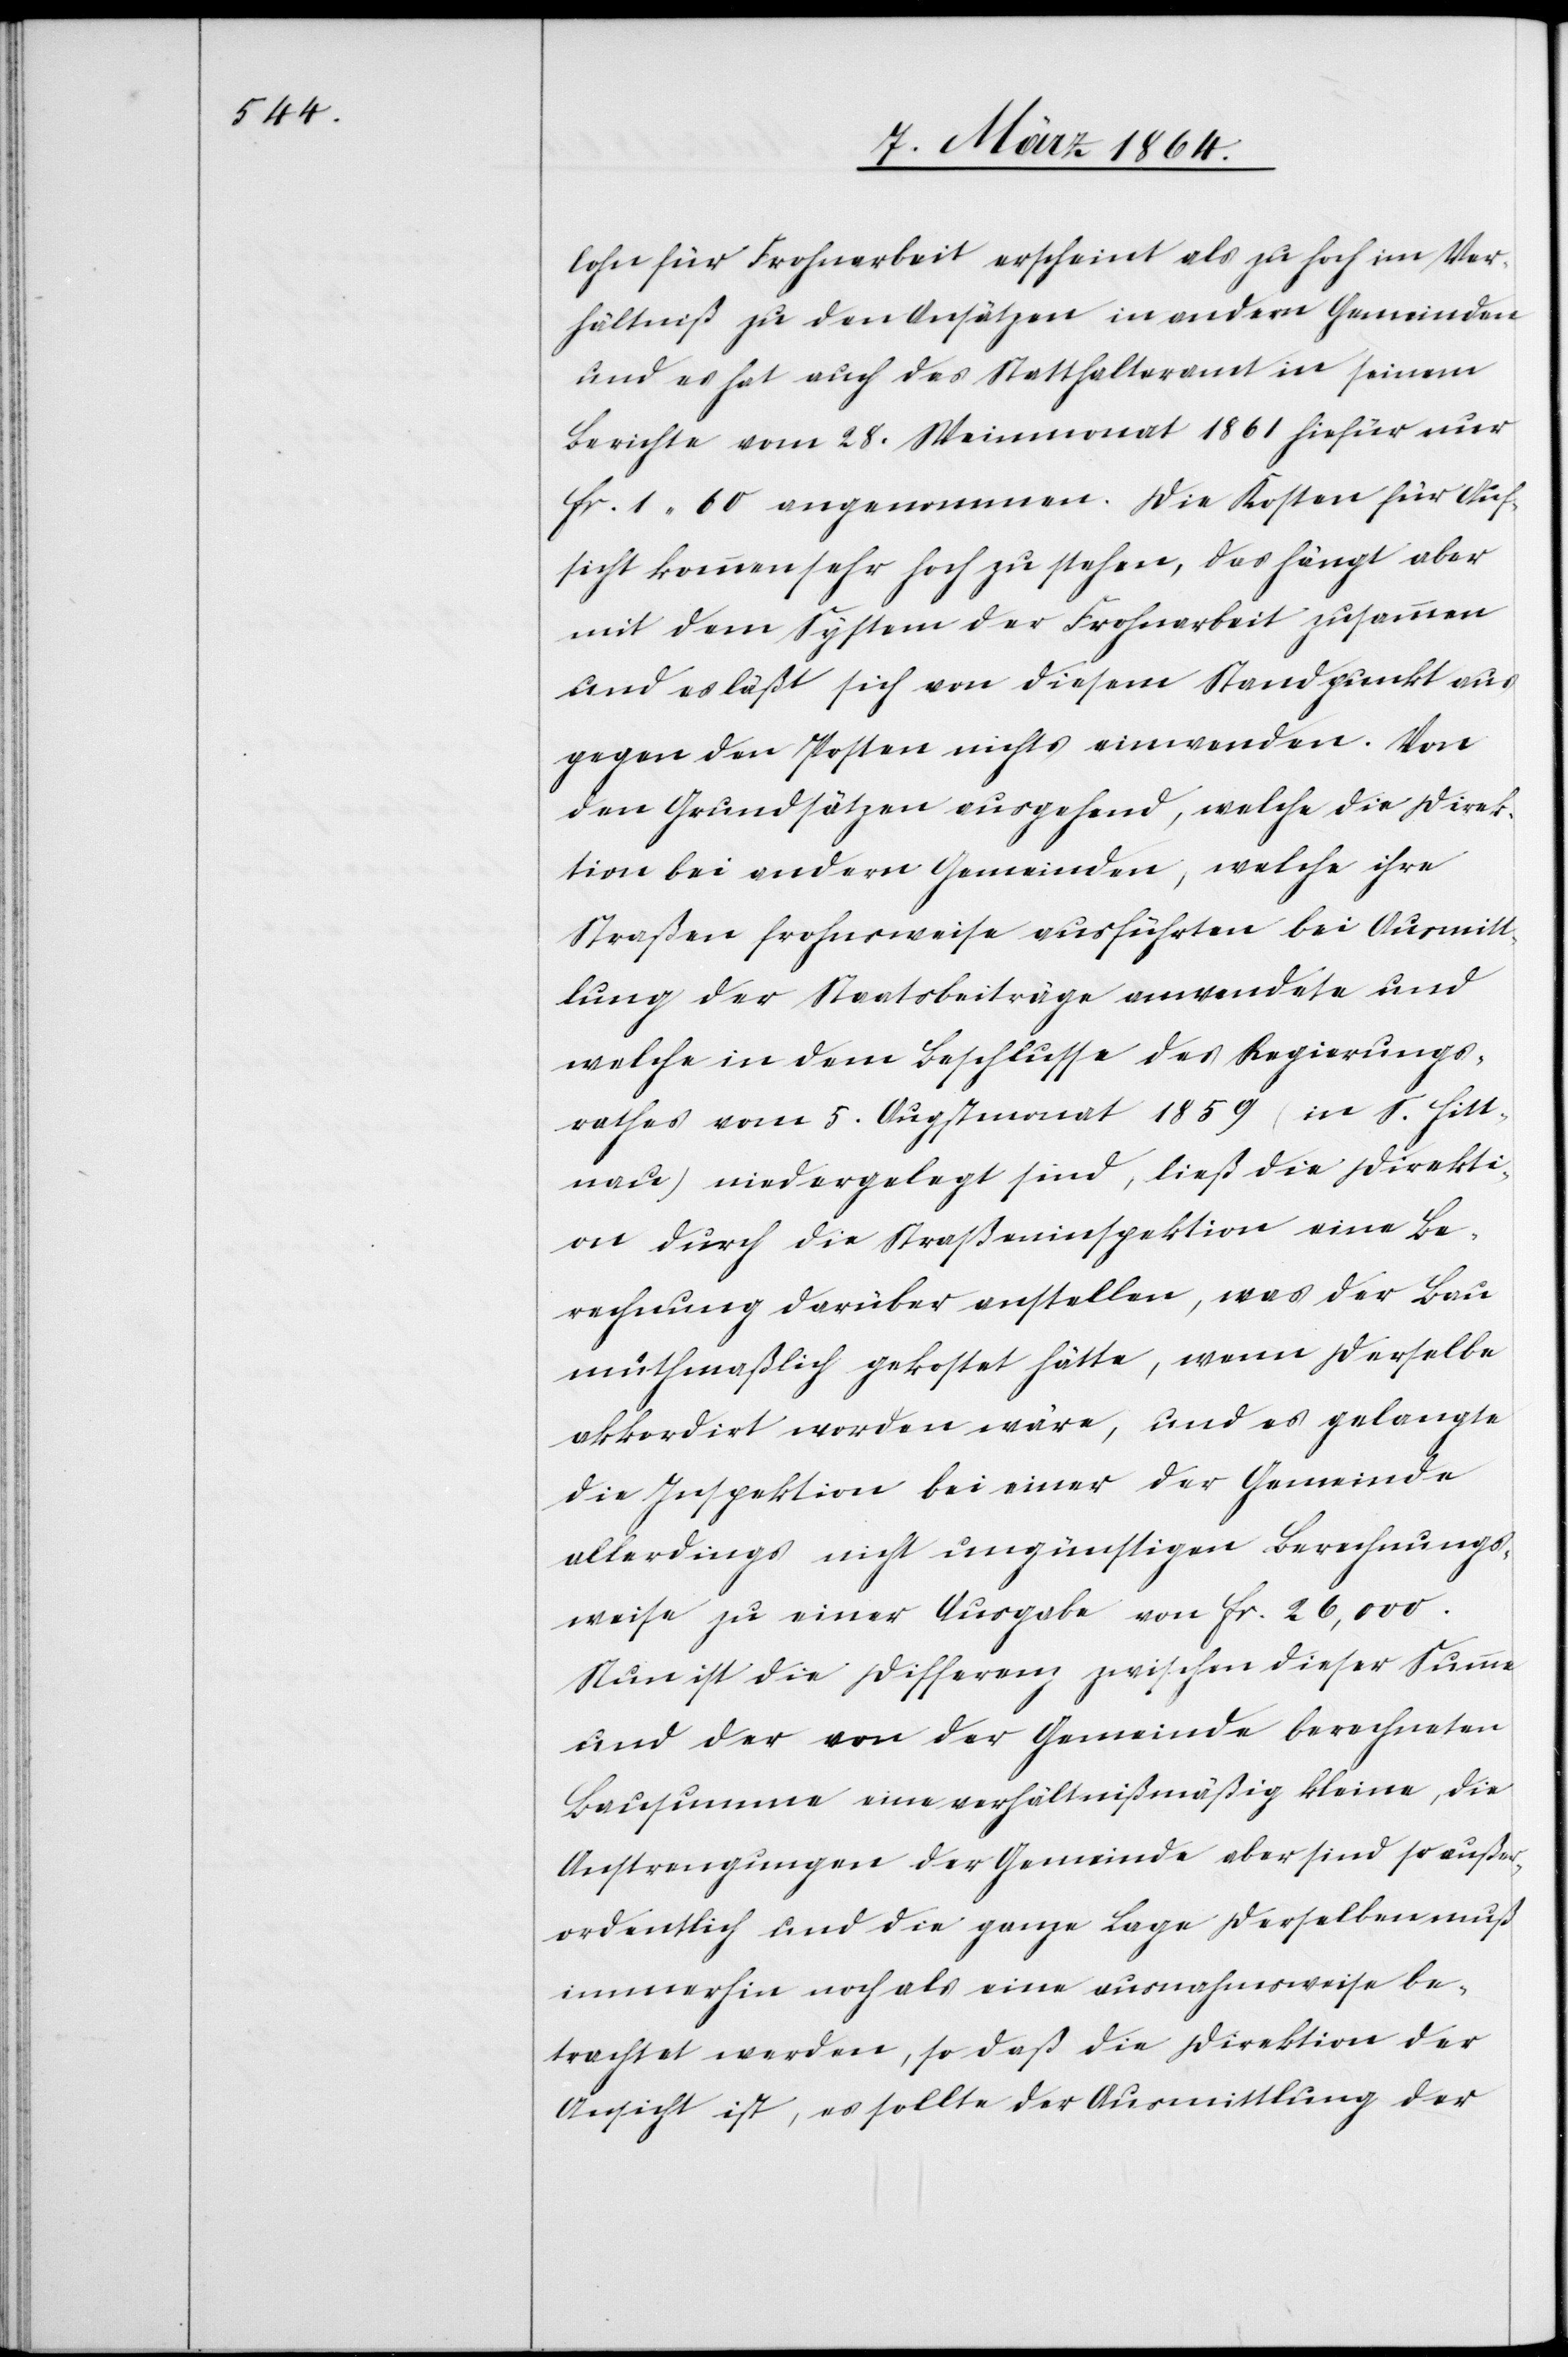
Ver¬

hältniß zu den Ansätzen in andern Gemeinden
und es hat auch das Statthalteramt in seinem
Berichte vom 28. Weinmonat 1861 hiefür nur
fr. 1 60 angenommen. Die Kosten für Auf¬
sicht kommen sehr hoch zu stehen, das hängt aber
mit dem System der Frohnarbeit zusammen
und es läßt sich von diesem Standpunkt aus
gegen den Posten nichts einwenden. Von
den Grundsätzen ausgehend, welche die Direk¬
tion bei andern Gemeinden, welche ihre
Straßen frohnsweise ausführten bei Ausmitt¬
lung der Staatsbeiträge anwendete und
welche in dem Beschlusse des Regierungs¬
rathes vom 5. Augstmonat 1859 (in S. Hitt¬
nau) niedergelegt sind, ließ die Direkti¬
on durch die Straßeninspektion eine Be¬
rechnung darüber anstellen, was der Bau
muthmaßlich gekostet hätte, wenn derselbe
akkordirt worden wäre, und es gelangte
die Inspektion bei einer der Gemeinde
allerdings nicht ungünstigen Berechnungs¬
weise zu einer Ausgabe von fr. 26,000.
Nun ist die Differenz zwischen dieser Summe
und der von der Gemeinde berechneten
Bausumme eine verhältnißmäßig kleine, die
Anstrengungen der Gemeinde aber sind so außer¬
ordentlich und die ganze Lage derselben muß
immerhin noch als eine ausnahmsweise be¬
trachtet werden, so daß die Direktion der
Ansicht ist, es sollte der Ausmittlung der